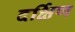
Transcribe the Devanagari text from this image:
दर्क्षिण